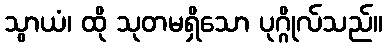
သွာယံ၊ ထို သုတမရှိသော ပုဂ္ဂိုလ်သည်။